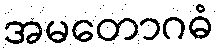
အမတောဂဓံ